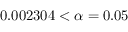
0 . 0 0 2 3 0 4 < \alpha = 0 . 0 5